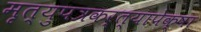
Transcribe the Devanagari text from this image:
मृत्युपत्रकर्त्यापेक्षा